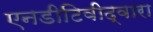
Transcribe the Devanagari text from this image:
एनडीटिवीद्वारा